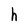
Character: h